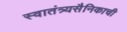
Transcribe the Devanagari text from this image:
स्वातंत्र्यसैनिकाची